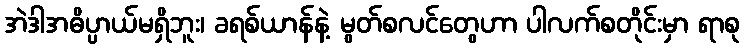
အဲဒါအဓိပ္ပာယ်မရှိဘူး၊ ခရစ်ယာန်နဲ့ မွတ်စလင်တွေဟာ ပါလက်စတိုင်းမှာ ရာစု